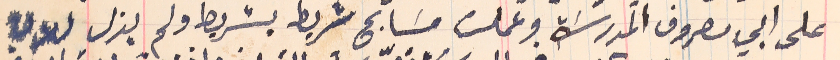
على ابي مصروف المدرسَة وعملت مسَابح شريط بشريط ولم يزل لدي